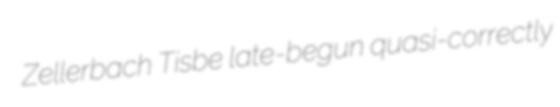
Zellerbach Tisbe late-begun quasi-correctly